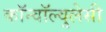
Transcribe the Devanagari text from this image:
कॉन्वॉल्वुलेसी